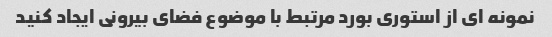
نمونه ای از استوری بورد مرتبط با موضوع فضای بیرونی ایجاد کنید